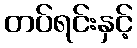
တပ်ရင်းနှင့်